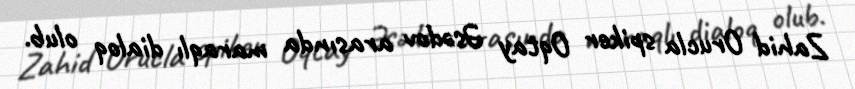
Zahid Orucla spiker Oqtay Əsədov arasında maraqlı dialoq olub.